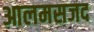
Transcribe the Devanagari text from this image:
आलमसजद